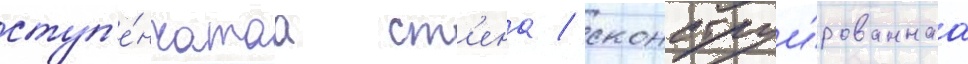
ступ'е́нчатаа ст'ена / сконструи́рованнаа